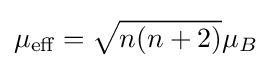
\mu _{\text{eff}}={\sqrt {n(n+2)}}\mu _{B}